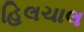
હિલચાલ